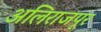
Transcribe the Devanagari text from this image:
अलिराजपूर